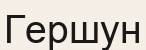
Гершун